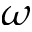
\omega